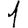
Digit: 1